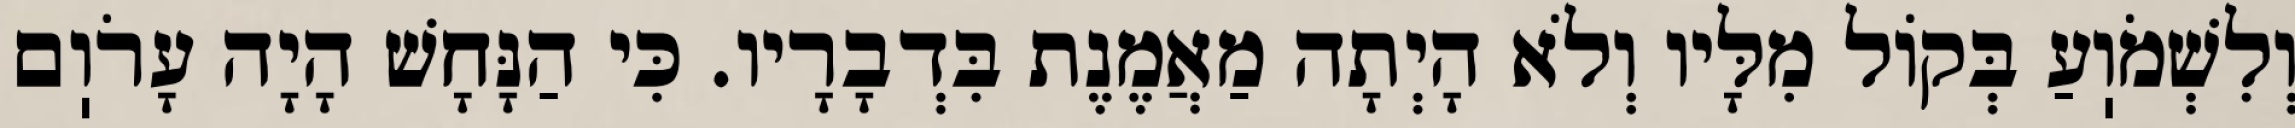
וְלִשְׁמֹוֽעַ בְּקוֹל מִלָּיו וְלֹא הָיְתָה מַאֲמֶנֶת בִּדְבָרָיו. כִּי הַנָּחָשׁ הָיָה עָרֹוֽם